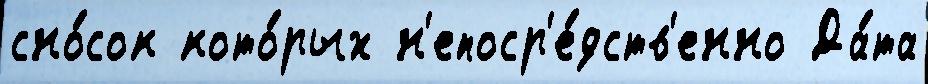
сно́сок кото́рых н'епоср'е́дств'енно Да́та